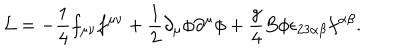
LaTeX: { \mathcal { L } } = - \frac { 1 } { 4 } f _ { \mu \nu } f ^ { \mu \nu } + \frac { 1 } { 2 } \partial _ { \mu } \phi \partial ^ { \mu } \phi + \frac { g } { 4 } B \phi \epsilon _ { 2 3 \alpha \beta } f ^ { \alpha \beta } .